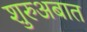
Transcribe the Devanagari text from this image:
शुरुअबात